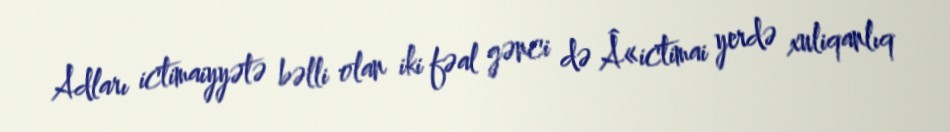
Adları ictimaiyyətə bəlli olan iki fəal gənci də Â«ictimai yerdə xuliqanlıq